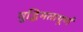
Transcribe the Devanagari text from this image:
वुद्धिमतापूर्ण